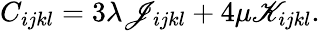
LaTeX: \begin{array}{r}{C_{ijkl}=3\lambda\mathscr{J}_{ijkl}+4\mu\mathscr{K}_{ijkl}.}\end{array}